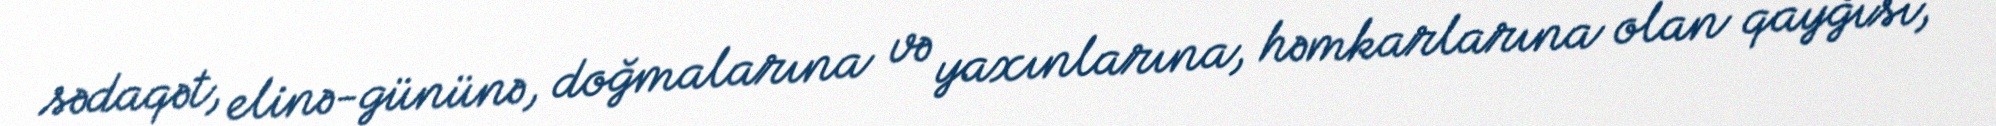
sədaqət, elinə-gününə, doğmalarına və yaxınlarına, həmkarlarına olan qayğısı,